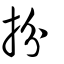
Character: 扮